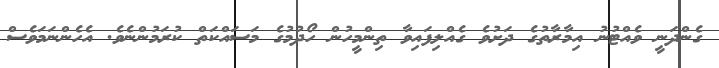
ގެންދަނީ ވެއްޓުނު އިމާރާތުގެ ދަށުވެ ގެއްލިފައިވާ ތިންމީހުން ހޯދުމުގެ މަސައްކަތް ކުރަމުންނެވެ. އެހެންނަމަވެސް